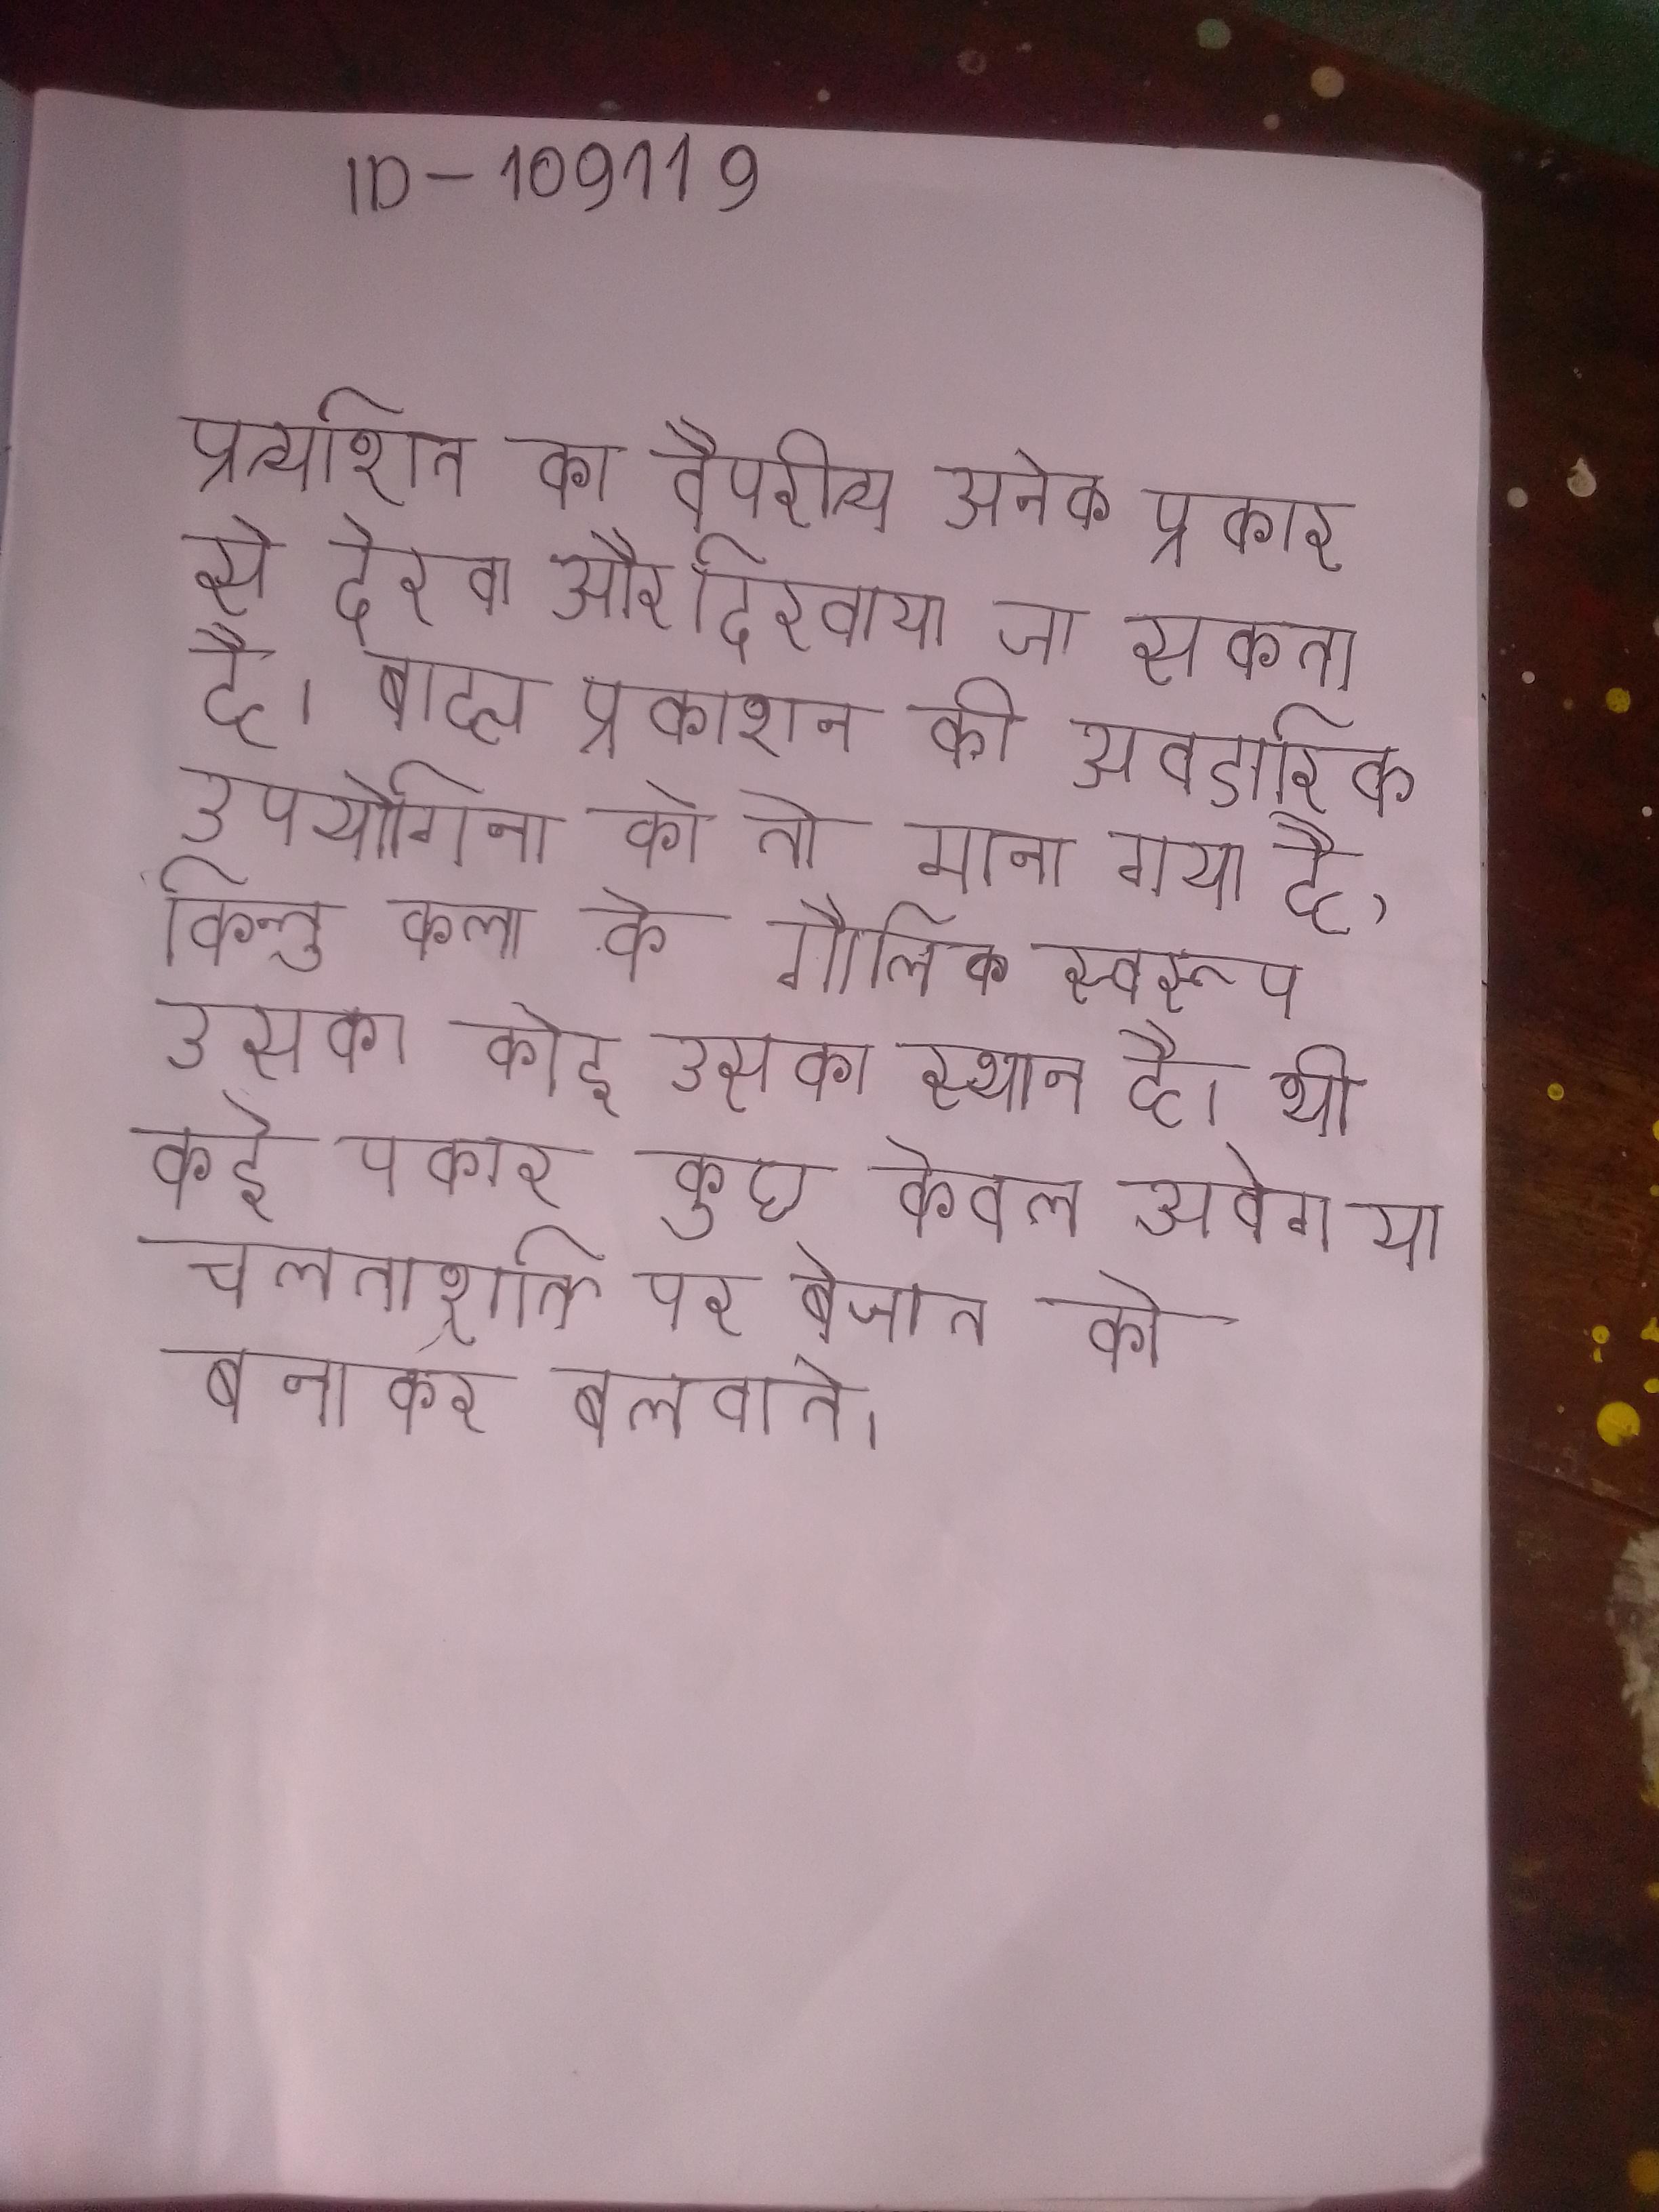
प्रत्याशित का वैपरीत्य अनेक प्रकार से देखा और दिखाया जा सकता है । बाह्य प्रकाशन की व्यावहारिक उपयोगिता को तो माना गया है, किन्तु कला के मौलिक स्वरूप उसका कोई उसका स्थान है । भी कई प्रकार कुछ केवल आवेग या चालनाशक्ति पर बेजान को बनाकर बुलवाते ।